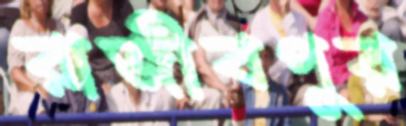
রাজীবপুর